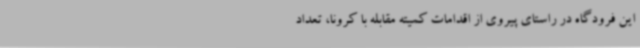
این فرودگاه در راستای پیروی از اقدامات کمیته مقابله با کرونا، تعداد